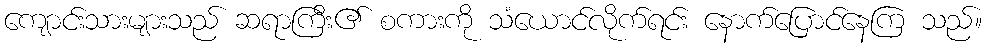
ကျောင်းသားများသည် ဆရာကြီး၏ စကားကို သံယောင်လိုက်ရင်း နောက်ပြောင်နေကြ သည်။